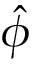
\hat { \phi }